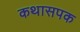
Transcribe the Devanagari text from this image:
कथासपक